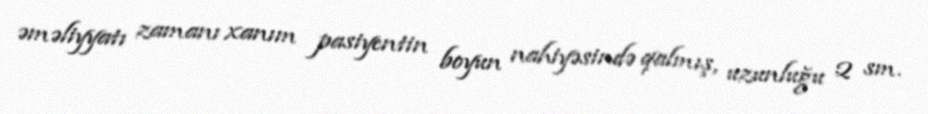
əməliyyatı zamanı xanım pasiyentin boyun nahiyəsində qalmış, uzunluğu 2 sm.